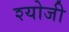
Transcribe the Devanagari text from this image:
श्योजी